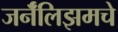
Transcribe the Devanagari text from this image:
जर्नॅलिझमचे